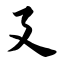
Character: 廴